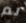
لم